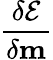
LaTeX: \frac{\delta\mathcal{E}}{\delta\mathbf{m}}